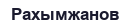
Рахымжанов